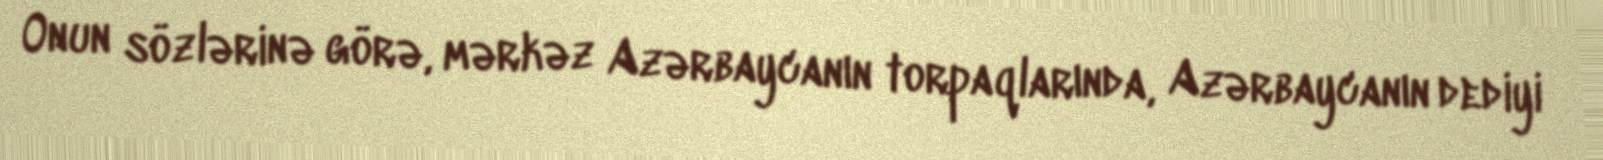
Onun sözlərinə görə, mərkəz Azərbaycanın torpaqlarında, Azərbaycanın dediyi